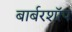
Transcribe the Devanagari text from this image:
बार्बरशॉप